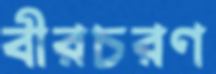
বীরচরণ